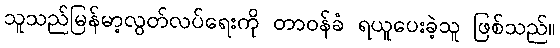
သူသည်မြန်မာ့လွတ်လပ်ရေးကို တာဝန်ခံ ရယူပေးခဲ့သူ ဖြစ်သည်။